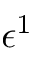
\epsilon ^ { 1 }